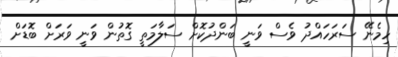
ހިމެނޭ ސަރަހައްދު ވެސް ވަނީ ބަންދުކޮށް ސަލާމަތީ ގޮތުން ވަނީ ވަރަށް ބޮޑަށް